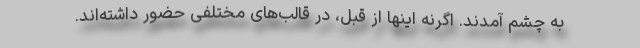
به چشم آمدند. اگرنه اینها از قبل، در قالب‌های مختلفی حضور داشته‌اند.